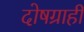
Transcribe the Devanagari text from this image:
दोषग्राही